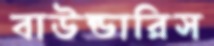
বাউন্ডারিস